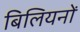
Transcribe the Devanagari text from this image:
बिलियनों